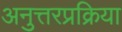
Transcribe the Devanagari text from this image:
अनुत्तरप्रक्रिया